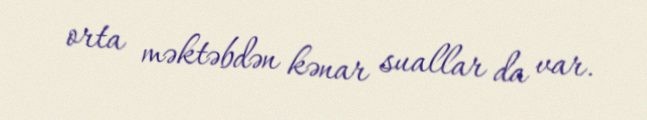
orta məktəbdən kənar suallar da var.